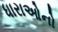
ધારાઓનો